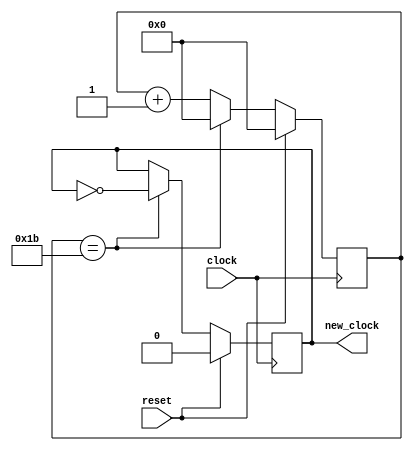
`timescale 1ns / 1ps
//////////////////////////////////////////////////////////////////////////////////
// Company: 
// Engineer: 
// 
// Design Name: 
// Module Name:    slowclk 
// Project Name: 
// Target Devices: 
// Tool versions: 
// Description: 
//
// Dependencies: 
//
// Revision: 
// Revision 0.01 - File Created
// Additional Comments: 
//
//////////////////////////////////////////////////////////////////////////////////
module slowclk(
   input clock,
	input reset,
   output reg new_clock
   );
	
	
	reg [21:0] clock_counter = 0;
	 
	always @(posedge clock) begin
		if (reset) begin
			clock_counter <= 0;
			new_clock <= 0;
			end
		else if (clock_counter == 27) begin // 2700000
			new_clock <= ~new_clock;
			clock_counter <= 0;
		end
		else clock_counter <= clock_counter + 1;
	end


endmodule